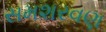
સમશરવણ